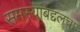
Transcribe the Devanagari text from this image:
समस्यांबद्दलचा